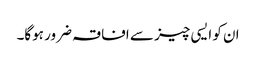
ان کو ایسی چیز سے افاقہ ضرور ہوگا۔